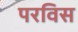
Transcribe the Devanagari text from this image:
परविस